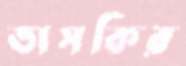
তাসকির